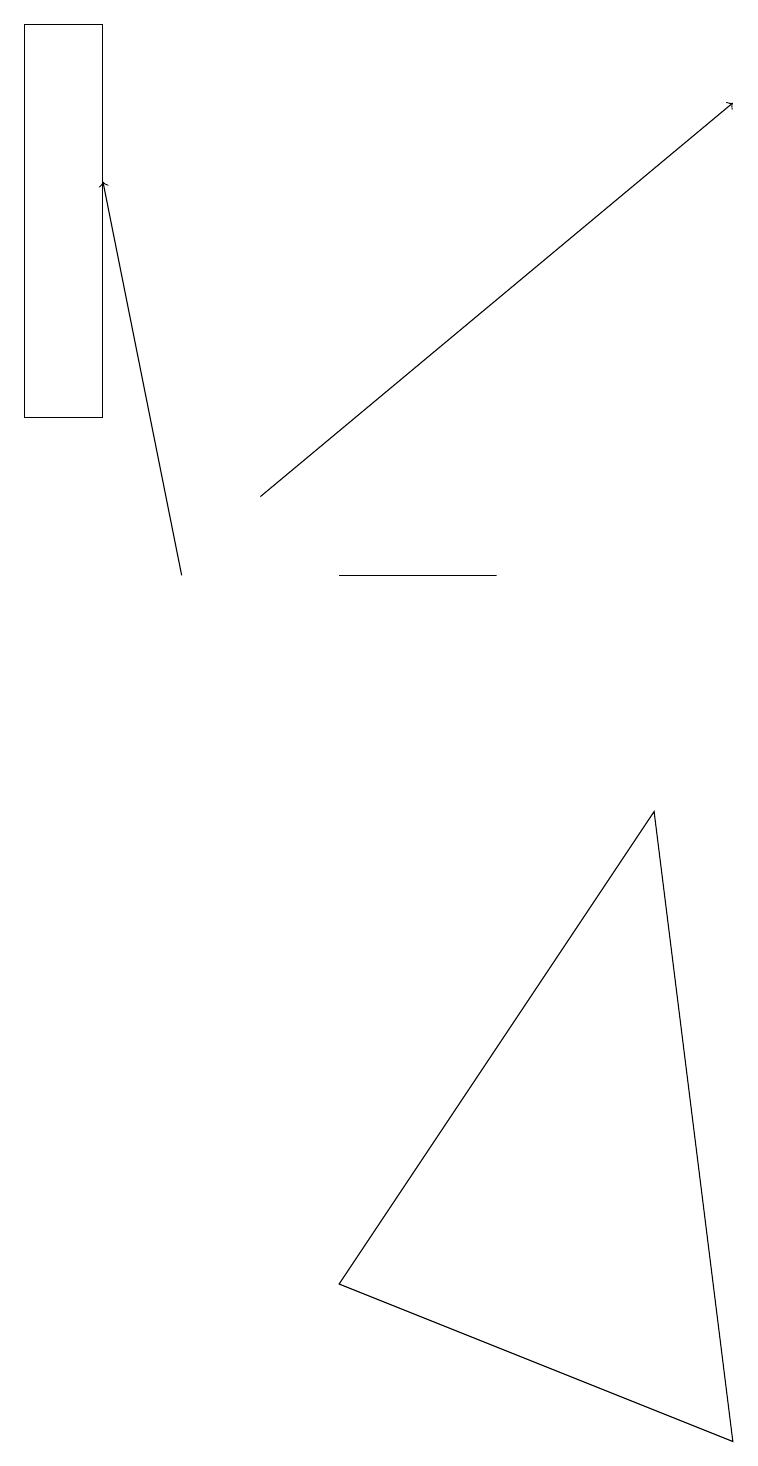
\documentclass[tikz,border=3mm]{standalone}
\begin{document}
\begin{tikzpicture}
\draw (1,14) rectangle (0,19);
\draw[->] (3,13) -- (9,18);
\draw (4,3) -- (8,9) -- (9,1) -- cycle;
\draw[->] (2,12) -- (1,17);
\draw (0,16) rectangle (0,19);
\draw (4,12) rectangle (6,12);
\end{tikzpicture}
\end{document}